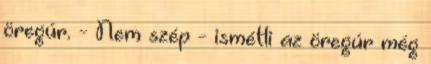
öregúr. - Nem szép - ismétli az öregúr még